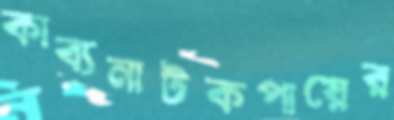
কাব্যনাটকপায়ের